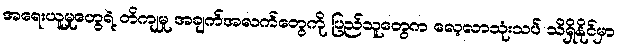
အရေးယူမှုတွေရဲ့ တိကျမှု အချက်အလက်တွေကို ပြည်သူတွေက လေ့လာသုံးသပ် သိရှိနိုင်မှာ